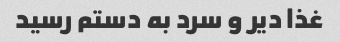
غذا دیر و سرد به دستم رسید